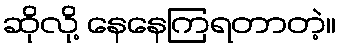
ဆိုလို့ နေနေကြရတာတဲ့။